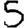
Digit: 5